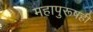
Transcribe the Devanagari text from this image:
महापुरूषही